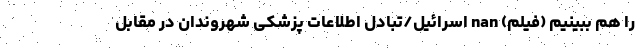
را هم ببینیم (فیلم) nan اسرائیل/تبادل اطلاعات پزشکی شهروندان در مقابل